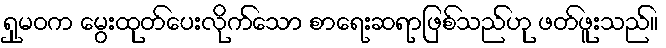
ရှုမဝက မွေးထုတ်ပေးလိုက်သော စာရေးဆရာဖြစ်သည်ဟု ဖတ်ဖူးသည်။